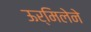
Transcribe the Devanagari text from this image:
ऊर्मिलेने